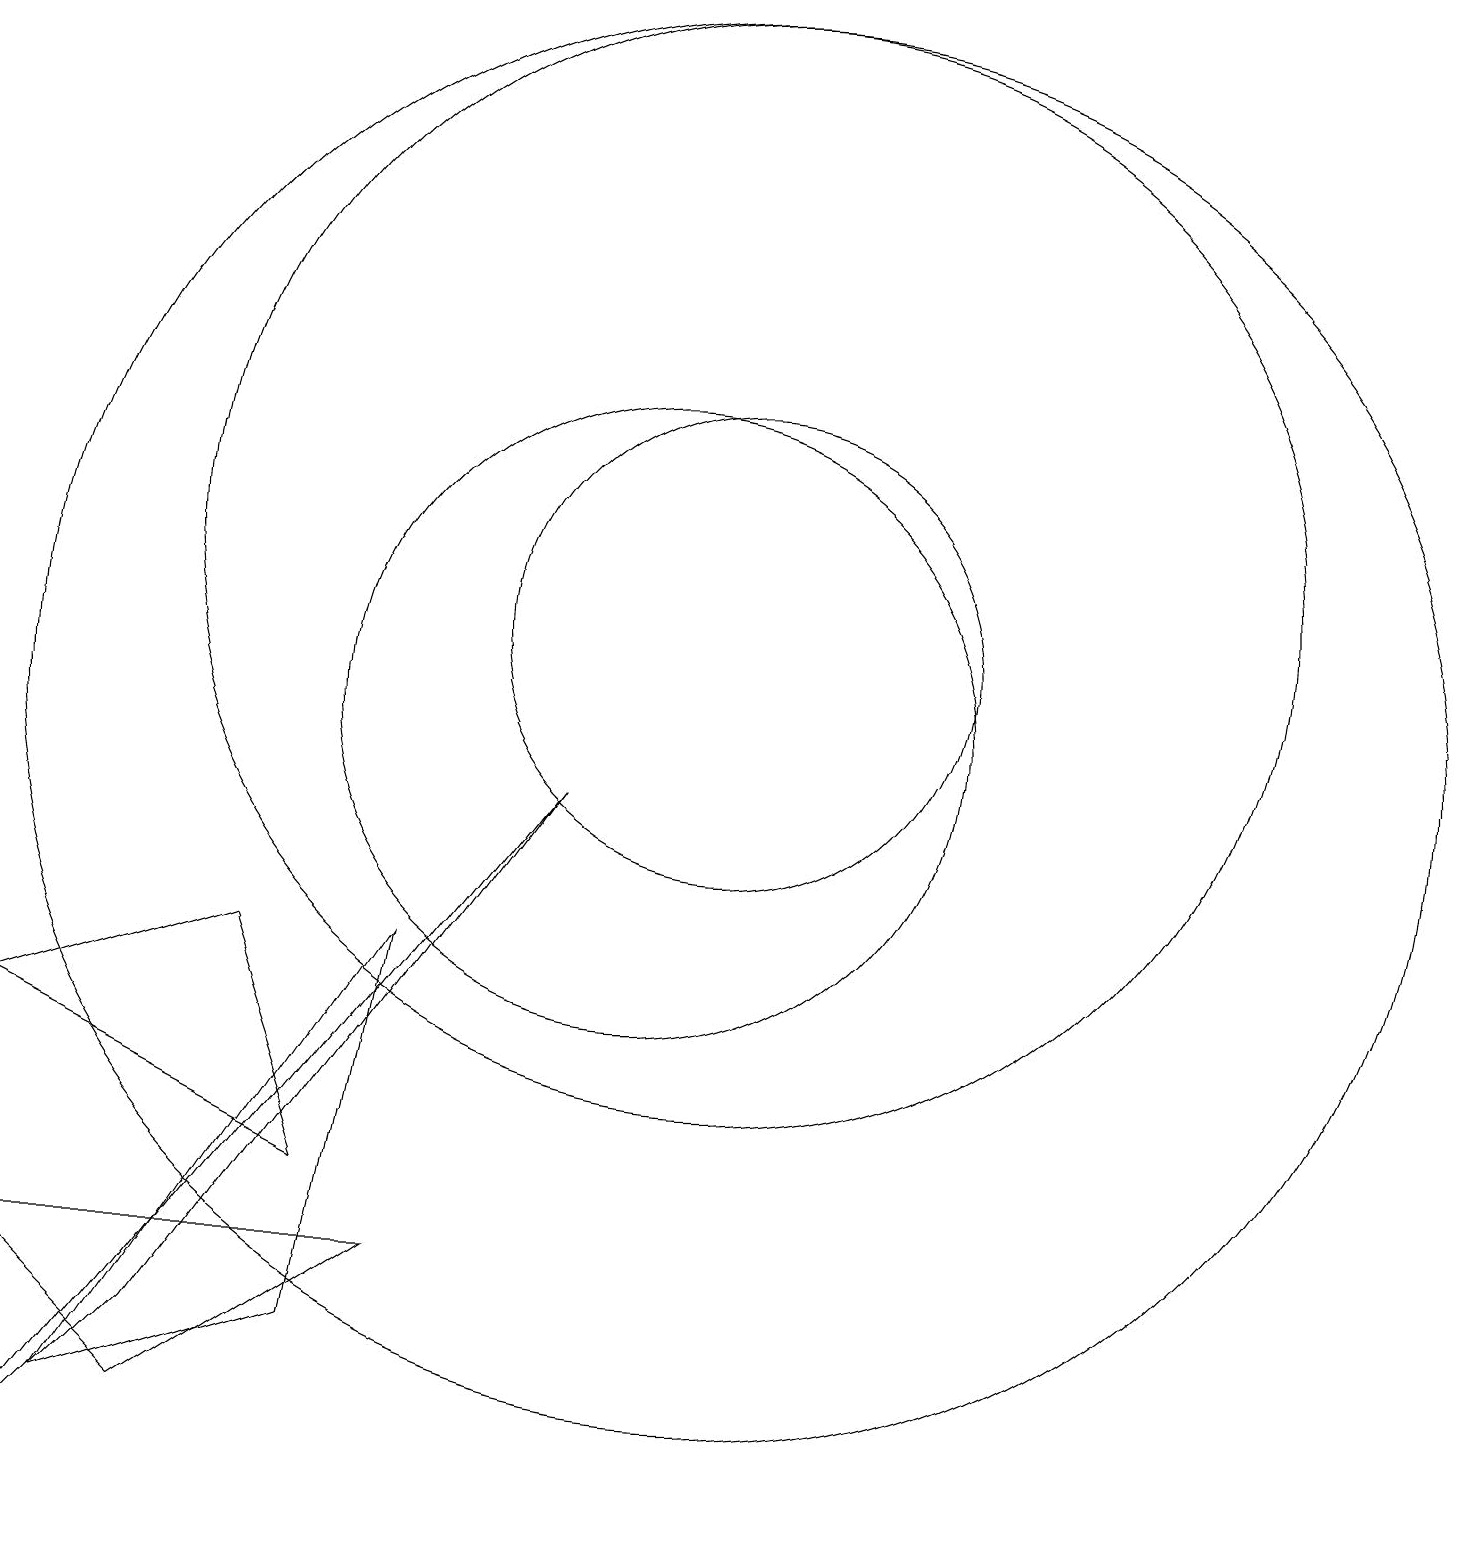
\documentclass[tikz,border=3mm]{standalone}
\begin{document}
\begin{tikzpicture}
\draw (2,0) -- (4,2) -- (9,9) -- cycle;
\draw (11,11) circle (3);
\draw (6,4) -- (2,6) -- (5,7) -- cycle;
\draw (11,12) circle (7);
\draw (6,2) -- (3,1) -- (7,7) -- cycle;
\draw (11,10) circle (9);
\draw (10,10) circle (4);
\draw (2,3) -- (4,1) -- (7,3) -- cycle;
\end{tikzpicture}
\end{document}